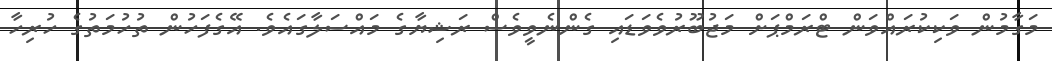
މަގާމުން ވަކިކުރައްވަން ޓްރަމްޕަށް މަޖުބޫރުވެވަޑައި ގެންނެވީވެސް ރަޝިޔާގެ މައްސަލާގައެވެ. އޭގެފަހުން ތުހުމަތުގެ ހުރިހާ